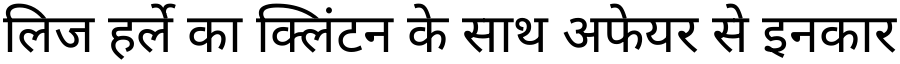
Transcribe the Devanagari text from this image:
लिज हर्ले का क्लिंटन के साथ अफेयर से इनकार